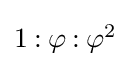
\textstyle 1\mathbin {:} \varphi \mathbin {:} \varphi ^{2}